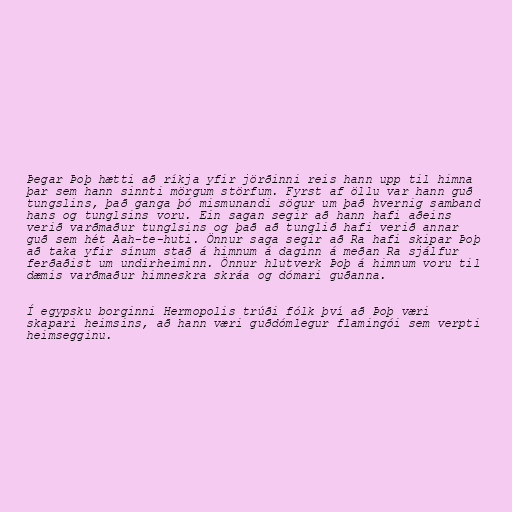
Þegar Þoþ hætti að ríkja yfir jörðinni reis hann upp til himna
þar sem hann sinnti mörgum störfum. Fyrst af öllu var hann guð
tungslins, það ganga þó mismunandi sögur um það hvernig samband
hans og tunglsins voru. Ein sagan segir að hann hafi aðeins
verið varðmaður tunglsins og það að tunglið hafi verið annar
guð sem hét Aah-te-huti. Önnur saga segir að Ra hafi skipar Þoþ
að taka yfir sínum stað á himnum á daginn á meðan Ra sjálfur
ferðaðist um undirheiminn. Önnur hlutverk Þoþ á himnum voru til
dæmis varðmaður himneskra skráa og dómari guðanna.

Í egypsku borginni Hermopolis trúði fólk því að Þoþ væri
skapari heimsins, að hann væri guðdómlegur flamingói sem verpti
heimsegginu.